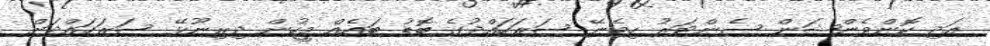
އަދި ކޮންވެންޝަން ސެންޓަރު ހިމެނޭ ސަރަހައްދުގެ ބޮޑު ބައެއް މީހުން ދިރިނޫޅޭ ސަރަހައްދަށް